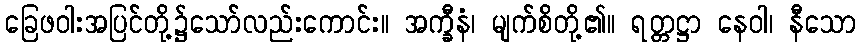
ခြေဖဝါးအပြင်တို့၌သော်လည်းကောင်း။ အက္ခီနံ၊ မျက်စိတို့၏။ ရတ္တဋ္ဌာ နေဝါ၊ နီသော